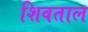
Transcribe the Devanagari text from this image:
शिवताल